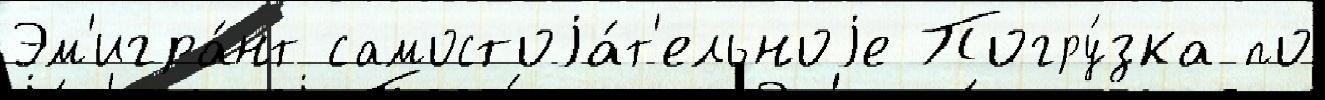
Эм'игра́нт самостоjа́т'ельноjе Погру́зка по